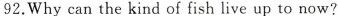
92.Why can the kind of fish live up to now?